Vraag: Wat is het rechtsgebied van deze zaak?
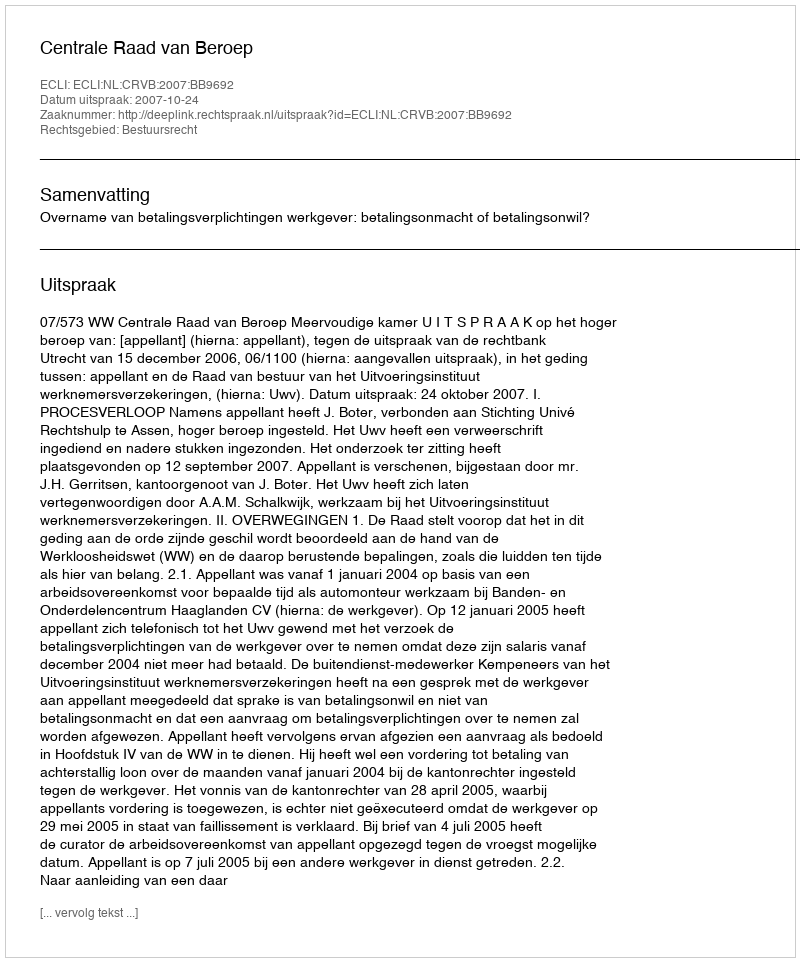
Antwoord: Bestuursrecht